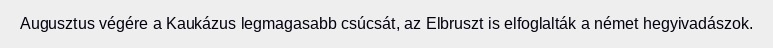
Augusztus végére a Kaukázus legmagasabb csúcsát, az Elbruszt is elfoglalták a német hegyivadászok.